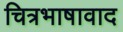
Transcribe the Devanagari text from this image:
चित्रभाषावाद